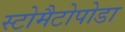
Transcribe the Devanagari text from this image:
स्टोमैटोपोडा